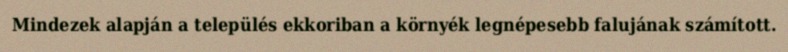
Mindezek alapján a település ekkoriban a környék legnépesebb falujának számított.